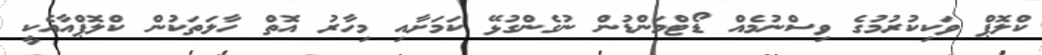
ކްލޮޕް ވަކިކުރުމުގެ ވިސްނުމެއް ޑޯޓްމަންޑުން ނުގެންގުޅޭ ކަމަށާއި މިހާރު އޮތް ހާލަތަކުން ކްލޮޕްއާއެކީ